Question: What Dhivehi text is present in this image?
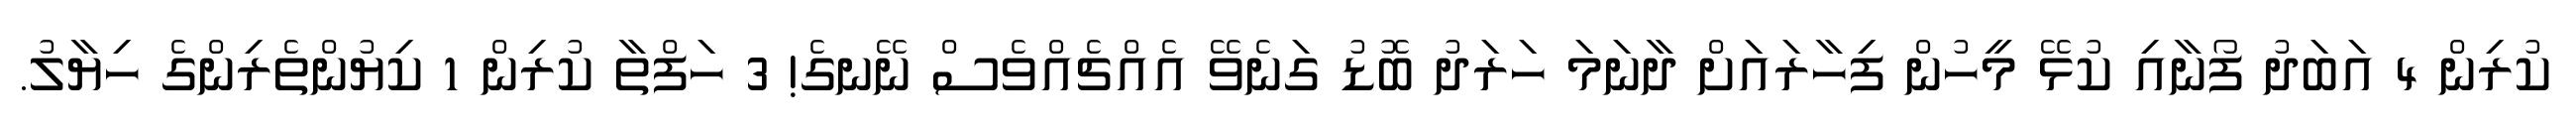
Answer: ކުރިން 4 އަބަދު ފޯނާއި ކުޅޭ މީހުން ފިހާރައަށް ދާނަމަ ހަރަދު ބޮޑު ގަނެވޭ އެއްޗެއްވެސް ނޭނގެ! 3 ހަފްތާ ކުރިން 1 ކިޔުންތެރިންގެ ހިޔާލު.